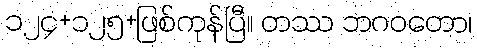
၁၂၄+၁၂၅+ဖြစ်ကုန်ပြီ။ တဿ ဘဂဝတော၊